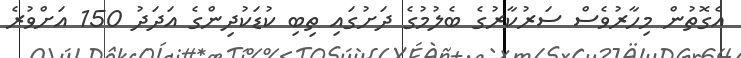
އެގޮތުން މިހާރުވެސް ސަރުކާރުގެ ބެލުމުގެ ދަށުގައި ތިބި ކުޑަކުދިންގެ އަދަދު 150 އަށްވުރެ